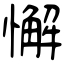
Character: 懈